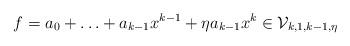
LaTeX: \begin{align*} f = a_0 + \ldots + a_{k-1}x^{k-1} + \eta a_{k-1} x^k \in \mathcal{V}_{k,1,k-1,\eta} \end{align*}